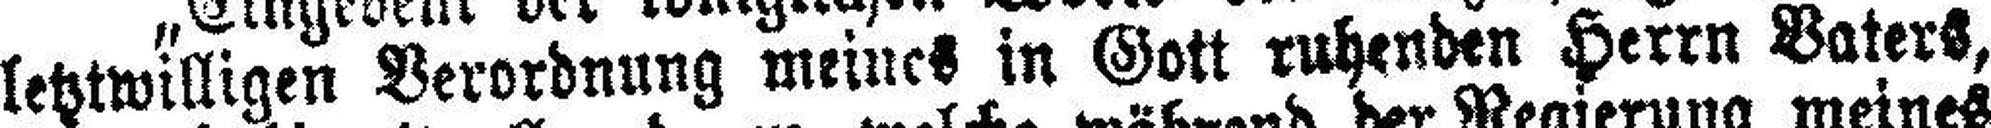
letztwilligen Verordnung meines in Gott ruhenden Herrn Vaters,